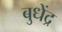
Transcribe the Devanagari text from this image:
बुधेंद्र